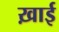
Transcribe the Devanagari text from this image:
ख़ाई